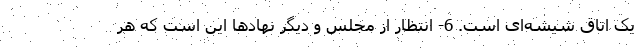
یک اتاق شیشه‌ای است. 6- انتظار از مجلس و دیگر نهادها این است که هر